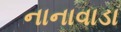
નાનાવાડા